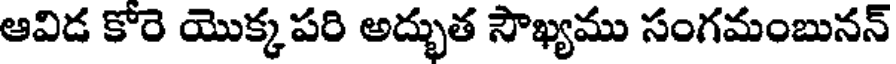
ఆవిడ కోరె యొక్కపరి అద్భుత సౌఖ్యము సంగమంబునన్